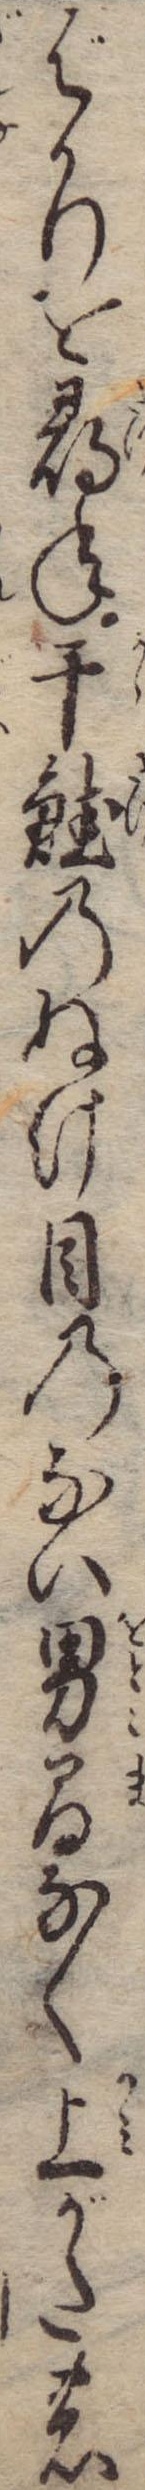
ばかりを尋ね干鮭のぬけ目のない男間なく上がたの